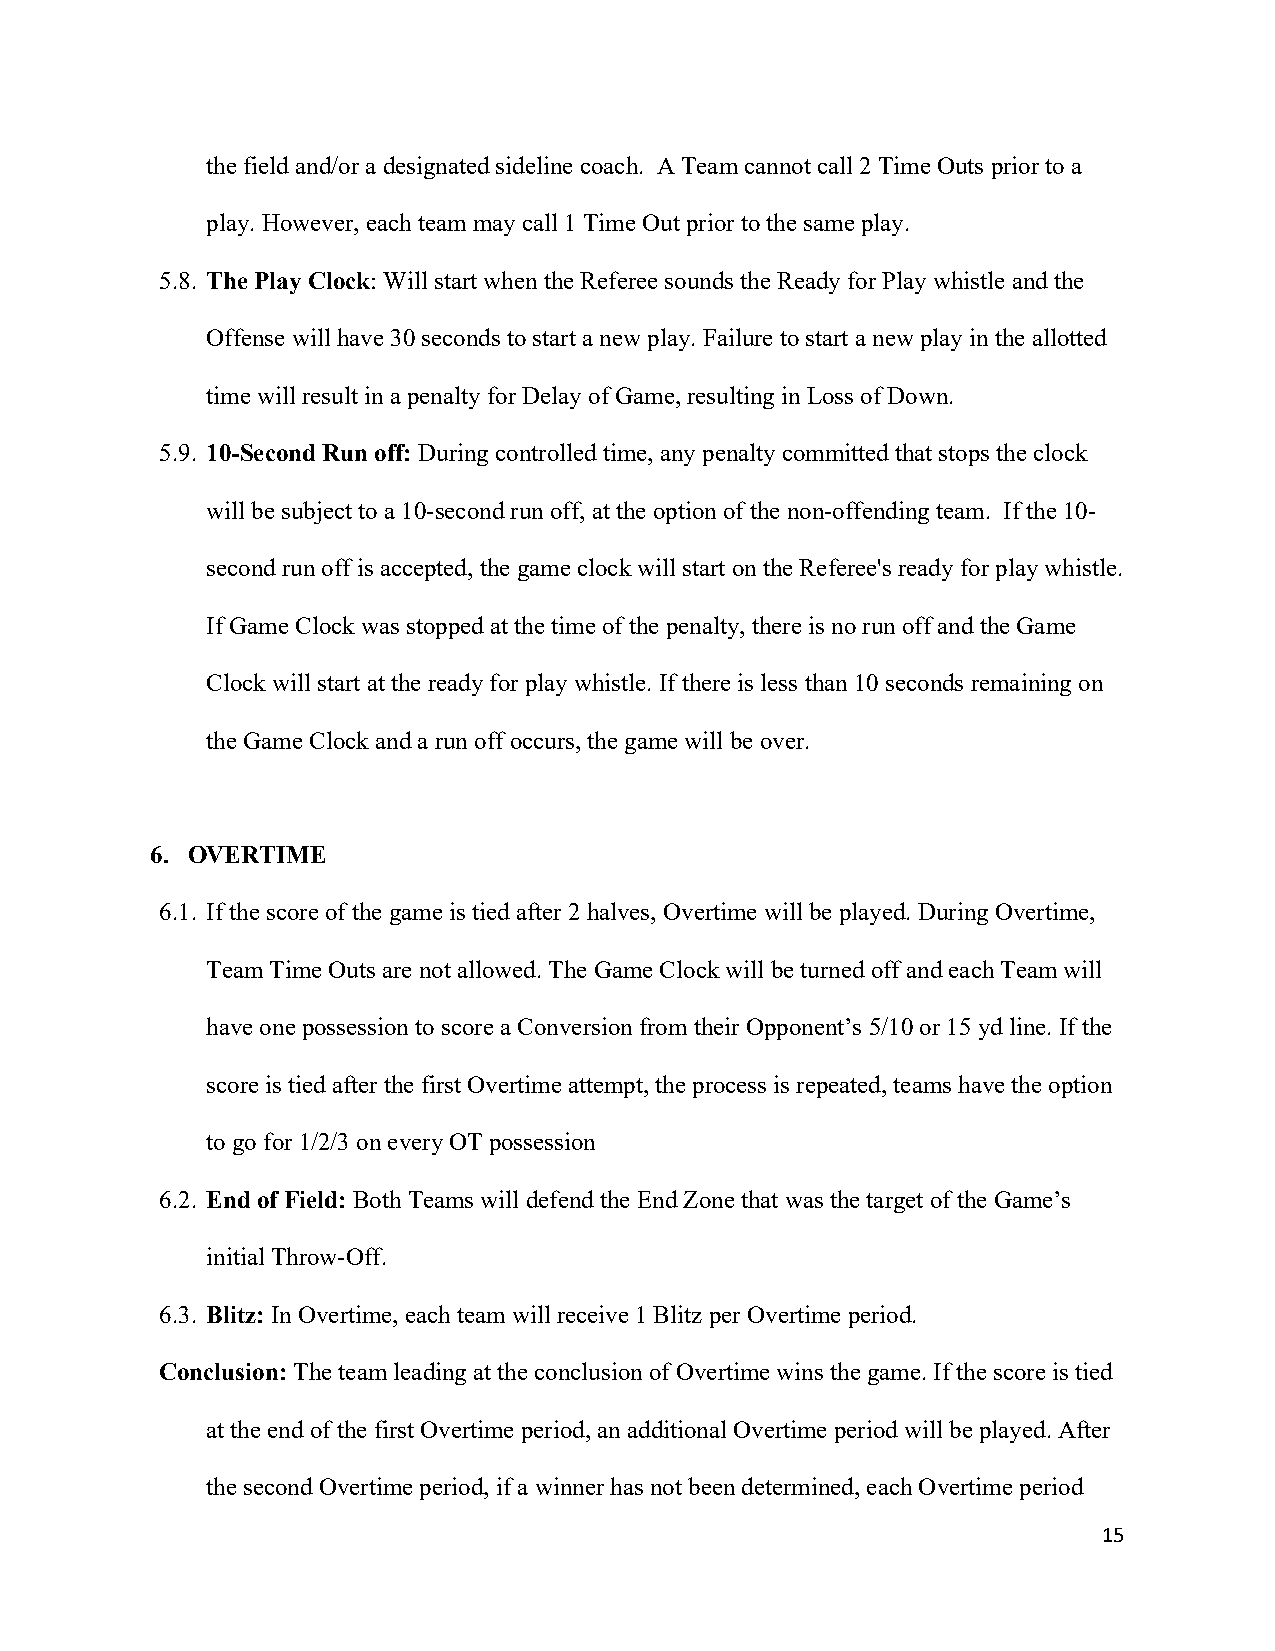
the field and/or a designated sideline coach. A Team cannot call 2 Time Outs prior to a
 play. However, each team may call 1 Time Out prior to the same play.
 5.8. The Play Clock: Will start when the Referee sounds the Ready for Play whistle and the
 Offense will have 30 seconds to start a new play. Failure to start a new play in the allotted
 time will result in a penalty for Delay of Game, resulting in Loss of Down.
 5.9. 10-Second Run off: During controlled time, any penalty committed that stops the clock
 will be subject to a 10-second run off, at the option of the non-offending team. If the 10-
 second run off is accepted, the game clock will start on the Referee's ready for play whistle.
 If Game Clock was stopped at the time of the penalty, there is no run off and the Game
 Clock will start at the ready for play whistle. If there is less than 10 seconds remaining on
 the Game Clock and a run off occurs, the game will be over.
 6. OVERTIME
 6.1. If the score of the game is tied after 2 halves, Overtime will be played. During Overtime,
 Team Time Outs are not allowed. The Game Clock will be turned off and each Team will
 have one possession to score a Conversion from their Opponent’s 5/10 or 15 yd line. If the
 score is tied after the first Overtime attempt, the process is repeated, teams have the option
 to go for 1/2/3 on every OT possession
 6.2. End of Field: Both Teams will defend the End Zone that was the target of the Game’s
 initial Throw-Off.
 6.3. Blitz: In Overtime, each team will receive 1 Blitz per Overtime period.
 Conclusion: The team leading at the conclusion of Overtime wins the game. If the score is tied
 at the end of the first Overtime period, an additional Overtime period will be played. After
 the second Overtime period, if a winner has not been determined, each Overtime period
 15